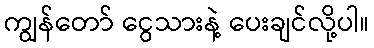
ကျွန်တော် ငွေသားနဲ့ ပေးချင်လို့ပါ။